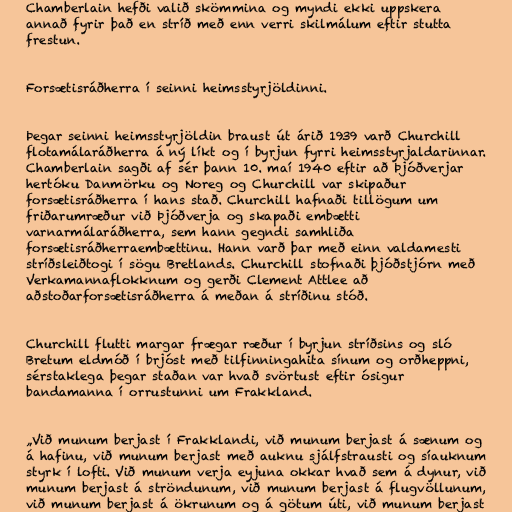
Chamberlain hefði valið skömmina og myndi ekki uppskera
annað fyrir það en stríð með enn verri skilmálum eftir stutta
frestun.

Forsætisráðherra í seinni heimsstyrjöldinni.

Þegar seinni heimsstyrjöldin braust út árið 1939 varð Churchill
flotamálaráðherra á ný líkt og í byrjun fyrri heimsstyrjaldarinnar.
Chamberlain sagði af sér þann 10. maí 1940 eftir að Þjóðverjar
hertóku Danmörku og Noreg og Churchill var skipaður
forsætisráðherra í hans stað. Churchill hafnaði tillögum um
friðarumræður við Þjóðverja og skapaði embætti
varnarmálaráðherra, sem hann gegndi samhliða
forsætisráðherraembættinu. Hann varð þar með einn valdamesti
stríðsleiðtogi í sögu Bretlands. Churchill stofnaði þjóðstjórn með
Verkamannaflokknum og gerði Clement Attlee að
aðstoðarforsætisráðherra á meðan á stríðinu stóð.

Churchill flutti margar frægar ræður í byrjun stríðsins og sló
Bretum eldmóð í brjóst með tilfinningahita sínum og orðheppni,
sérstaklega þegar staðan var hvað svörtust eftir ósigur
bandamanna í orrustunni um Frakkland.

„Við munum berjast í Frakklandi, við munum berjast á sænum og
á hafinu, við munum berjast með auknu sjálfstrausti og síauknum
styrk í lofti. Við munum verja eyjuna okkar hvað sem á dynur, við
munum berjast á ströndunum, við munum berjast á flugvöllunum,
við munum berjast á ökrunum og á götum úti, við munum berjast